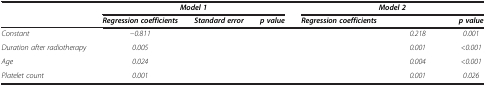
<table><thead><tr><td>[EMPTY_CELL]</td><td colspan="3"><b><i>Model 1</i></b></td><td colspan="3"><b><i>Model 2</i></b></td></tr><tr><td>[EMPTY_CELL]</td><td><b><i>Regression coefficients</i></b></td><td><b><i>Standard error</i></b></td><td><b><i>p value</i></b></td><td><b><i>Regression coefficients</i></b></td><td>[EMPTY_CELL]</td><td><b><i>p value</i></b></td></tr></thead><tbody><tr><td><i>Constant</i></td><td><i>-0.811</i></td><td>[EMPTY_CELL]</td><td>[EMPTY_CELL]</td><td>[EMPTY_CELL]</td><td><i>0.218</i></td><td><i>0.001</i></td></tr><tr><td><i>Duration after radiotherapy</i></td><td><i>0.005</i></td><td>[EMPTY_CELL]</td><td>[EMPTY_CELL]</td><td>[EMPTY_CELL]</td><td><i>0.001</i></td><td><i>&lt;0.001</i></td></tr><tr><td><i>Age</i></td><td><i>0.024</i></td><td>[EMPTY_CELL]</td><td>[EMPTY_CELL]</td><td>[EMPTY_CELL]</td><td><i>0.004</i></td><td><i>&lt;0.001</i></td></tr><tr><td><i>Platelet count</i></td><td><i>0.001</i></td><td>[EMPTY_CELL]</td><td>[EMPTY_CELL]</td><td>[EMPTY_CELL]</td><td><i>0.001</i></td><td><i>0.026</i></td></tr></tbody></table>